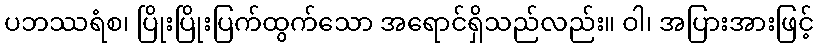
ပဘဿရံစ၊ ပြိုးပြိုးပြက်ထွက်သော အရောင်ရှိသည်လည်း။ ဝါ၊ အပြားအားဖြင့်